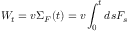
W _ { t } = v \Sigma _ { F } ( t ) = v \int _ { 0 } ^ { t } d s F _ { s }